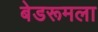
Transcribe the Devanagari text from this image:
बेडरूमला